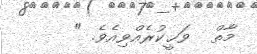
މާތް  ވަޙީކުރެއްވިއެވެ. "